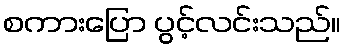
စကားပြော ပွင့်လင်းသည်။